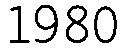
1980